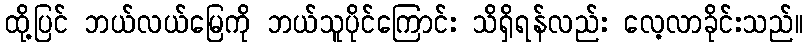
ထို့ပြင် ဘယ်လယ်မြေကို ဘယ်သူပိုင်ကြောင်း သိရှိရန်လည်း လေ့လာခိုင်းသည်။